Accounts of Education Authorities, 1920
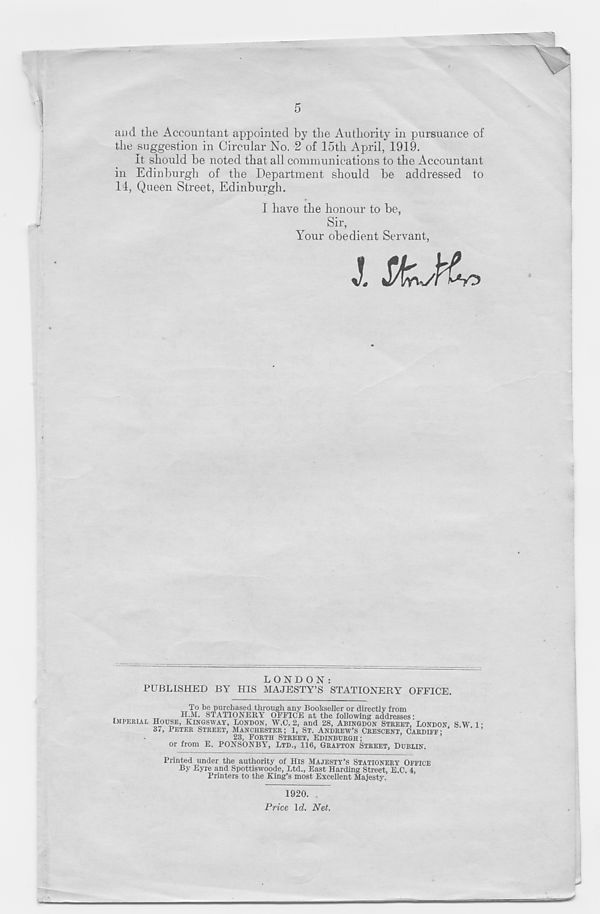
5
and the Accountant appointed by the Authority in pursuance of
the suggestion in Circular No. 2 of 15th April, 1919.
It should be noted that all communications to the Accountant
in Edinburgh of the Department should be addressed to
14, Queen Street, Edinburgh.
I have the honour to be,
Sir,
Your obedient Servant,
LONDON:
PUBLISHED BY HIS MAJESTY’S STATIONERY OFFICE.
To be purchased through any Bookseller or directly from
H.M. STATIONERY OFFICE at the following addresses:
IMPERIAL HOUSE, KINGSWAY, LONDON, W.C. 2, and 28, ABINGDON STREET, LONDON. S.W !•
37, PETER STREET, MANCHESTER; 1, ST. ANDREW’S CRESCENT, CARDIFF-
' ’
23, FORTH STREET, EDINBURGH;
or from E. PONSONBY, LTD., 116, GRAFTON STREET, DUBLIN.
Printed under the authority of His MAJESTY’S STATIONERY OFFICE
By Eyre and Spottiswoode, Ltd., East Harding Street, E.C. 4,
Printers to the King’s most Excellent Majesty.
1920.
Price Id. Net.